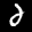
Label: 2